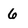
Character: 6